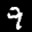
Label: 9